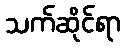
သက်ဆိုင်ရာ